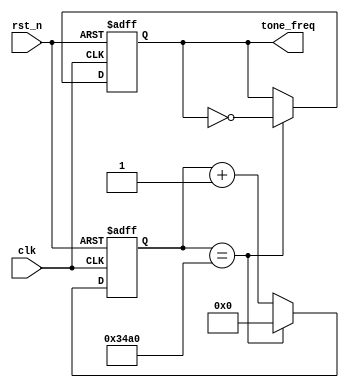
// This program was cloned from: https://github.com/RomeoMe5/DDLM
// License: MIT License

module tone_gen
#( 
   parameter ref_clock     = 50000000,
   parameter out_freq_x100 = 26163
)
  
(
 input      clk,
 input      rst_n,
 output reg tone_freq
);
  
  localparam samp_rate = ref_clock*100/out_freq_x100;
  
  reg [31:0] cnt;
  
  always@(posedge clk or negedge rst_n)
    if(!rst_n)
      begin
        cnt       <= 16'b0;
        tone_freq <= 0;
      end
    else if(cnt == samp_rate / 2 - 1 )
      begin
        cnt       <= 16'b0;
        tone_freq <= !tone_freq;
      end
    else
      begin
        cnt       <= cnt + 16'b1;
        tone_freq <= tone_freq;
      end
     
        
  
endmodule // tone_gen